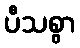
ပီသစွာ